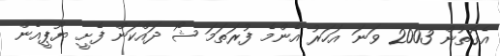
އެގޮތުން 2003 ވަނަ އަހަރު އެންމެ ފުރަތަމަ ޝޯ ދައްކަން ފެށީ ޔޫޕީއެން